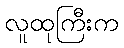
လူထုကြီးက